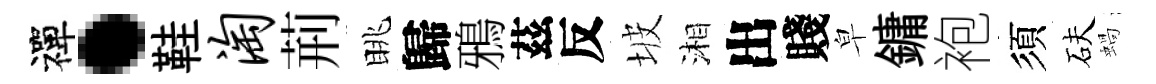
禪·鞋淘荊眺歸鴉茲反坡湘出賤皁鏞袍須砆蝸